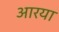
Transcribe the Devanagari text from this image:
आरया